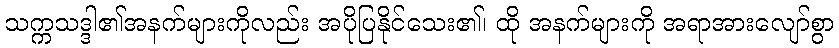
သက္ကသဒ္ဒါ၏အနက်များကိုလည်း အပိုပြနိုင်သေး၏၊ ထို အနက်များကို အရာအားလျော်စွာ